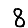
Digit: 8